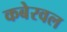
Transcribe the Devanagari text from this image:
कबेरवल